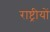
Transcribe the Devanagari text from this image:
राष्ट्रीयों